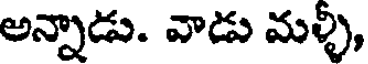
అన్నాడు. వాడు మళ్ళి,